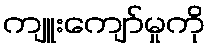
ကျူးကျော်မှုကို